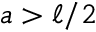
a > \ell / 2